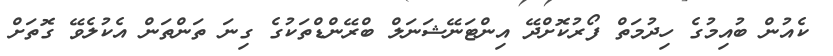
ކެއުން ބުއިމުގެ ހިދުމަތް ފޯރުކޮށްދޭ އިންޓަނޭޝަނަލް ބްރޭންޑްތަކުގެ ގިނަ ތަންތަން އެކުލެވޭ ގޮތަށް